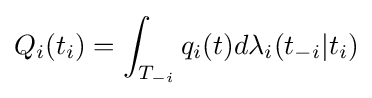
Q_{i}(t_{i})=\int _{T_{-i}}q_{i}(t)d\lambda _{i}(t_{-i}|t_{i})